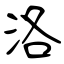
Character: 洛